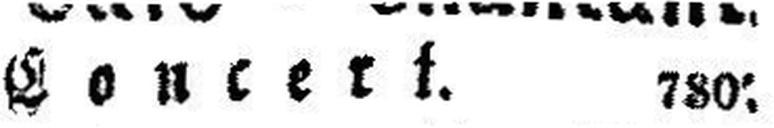
Concert. 780;